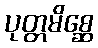
ပုတ္တမိစ္ဆေ